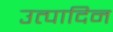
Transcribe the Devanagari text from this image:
उत्पादिन